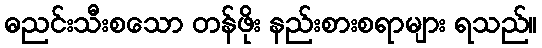
ဓညင်းသီးစသော တန်ဖိုး နည်းစားစရာများ ရသည်။